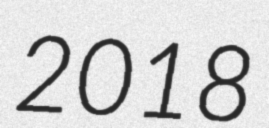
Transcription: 2018